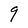
Character: q